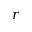
r